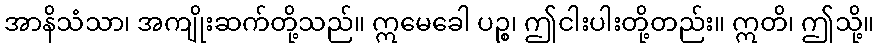
အာနိသံသာ၊ အကျိုးဆက်တို့သည်။ ဣမေခေါ ပဉ္စ၊ ဤငါးပါးတို့တည်း။ ဣတိ၊ ဤသို့။